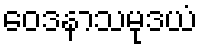
ဝေဒနာသမုဒယံ